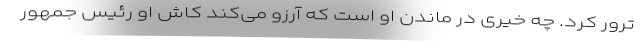
ترور کرد. چه خیری در ماندن او است که آرزو می‌کند کاش او رئیس جمهور